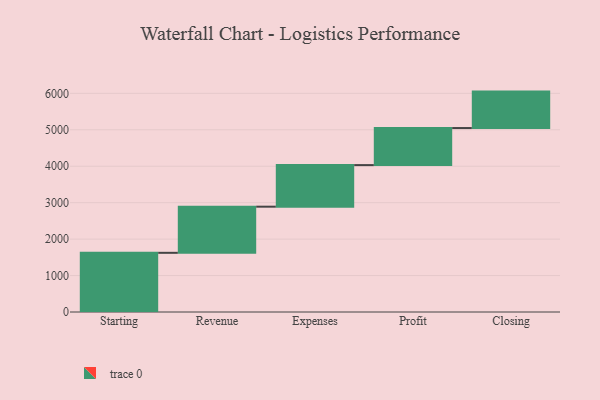
{"axis": {"x": "Step", "y": "Value"}, "legend": [""], "data": [{"x": "Starting", "y": 1624.0, "type": ""}, {"x": "Revenue", "y": 1266.0, "type": ""}, {"x": "Expenses", "y": 1141.0, "type": ""}, {"x": "Profit", "y": 1017.0, "type": ""}, {"x": "Closing", "y": 1000, "type": ""}]}